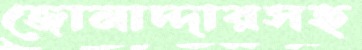
জোমাদ্দারসহ